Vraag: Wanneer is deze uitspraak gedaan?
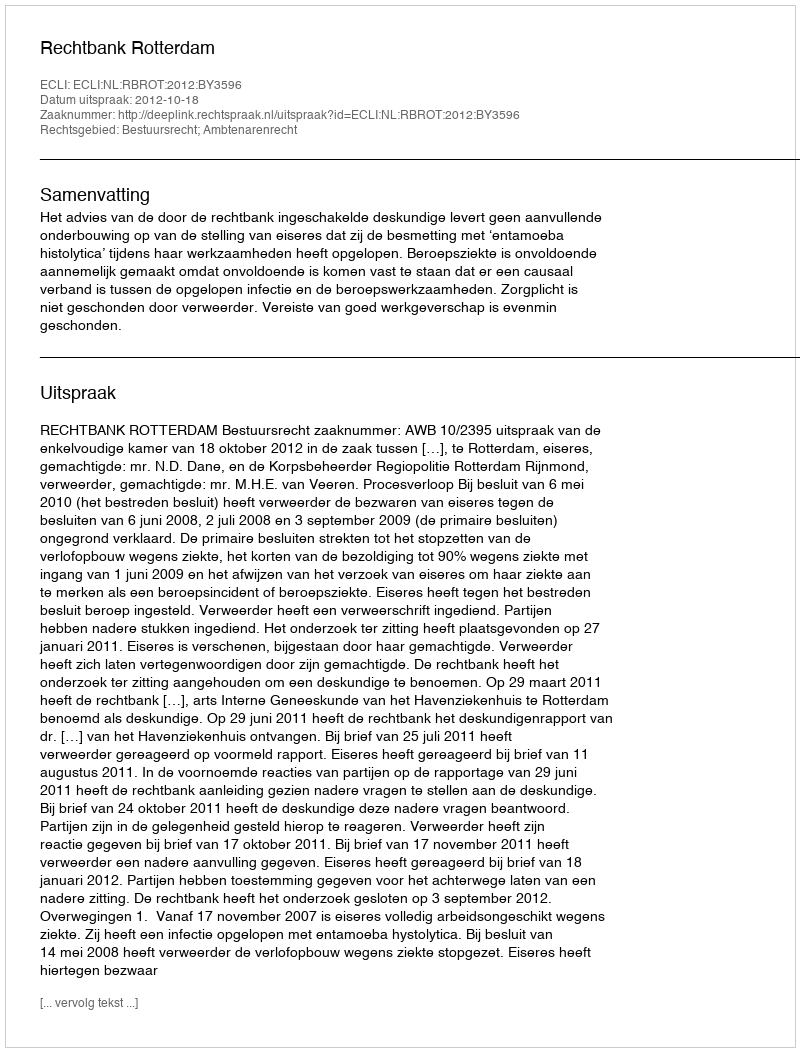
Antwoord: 2012-10-18